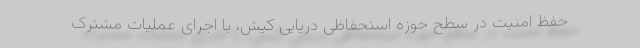
حفظ امنیت در سطح حوزه استحفاظی دریایی کیش، با اجرای عملیات مشترک